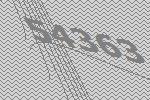
54363